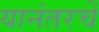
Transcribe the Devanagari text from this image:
यानंतरचें